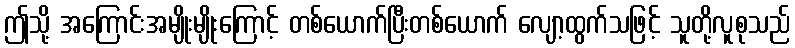
ဤသို့ အကြောင်းအမျိုးမျိုးကြောင့် တစ်ယောက်ပြီးတစ်ယောက် လျော့ထွက်သဖြင့် သူတို့လူစုသည်